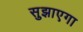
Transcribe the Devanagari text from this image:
सुझाएगा